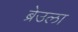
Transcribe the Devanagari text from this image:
ब्रेउला